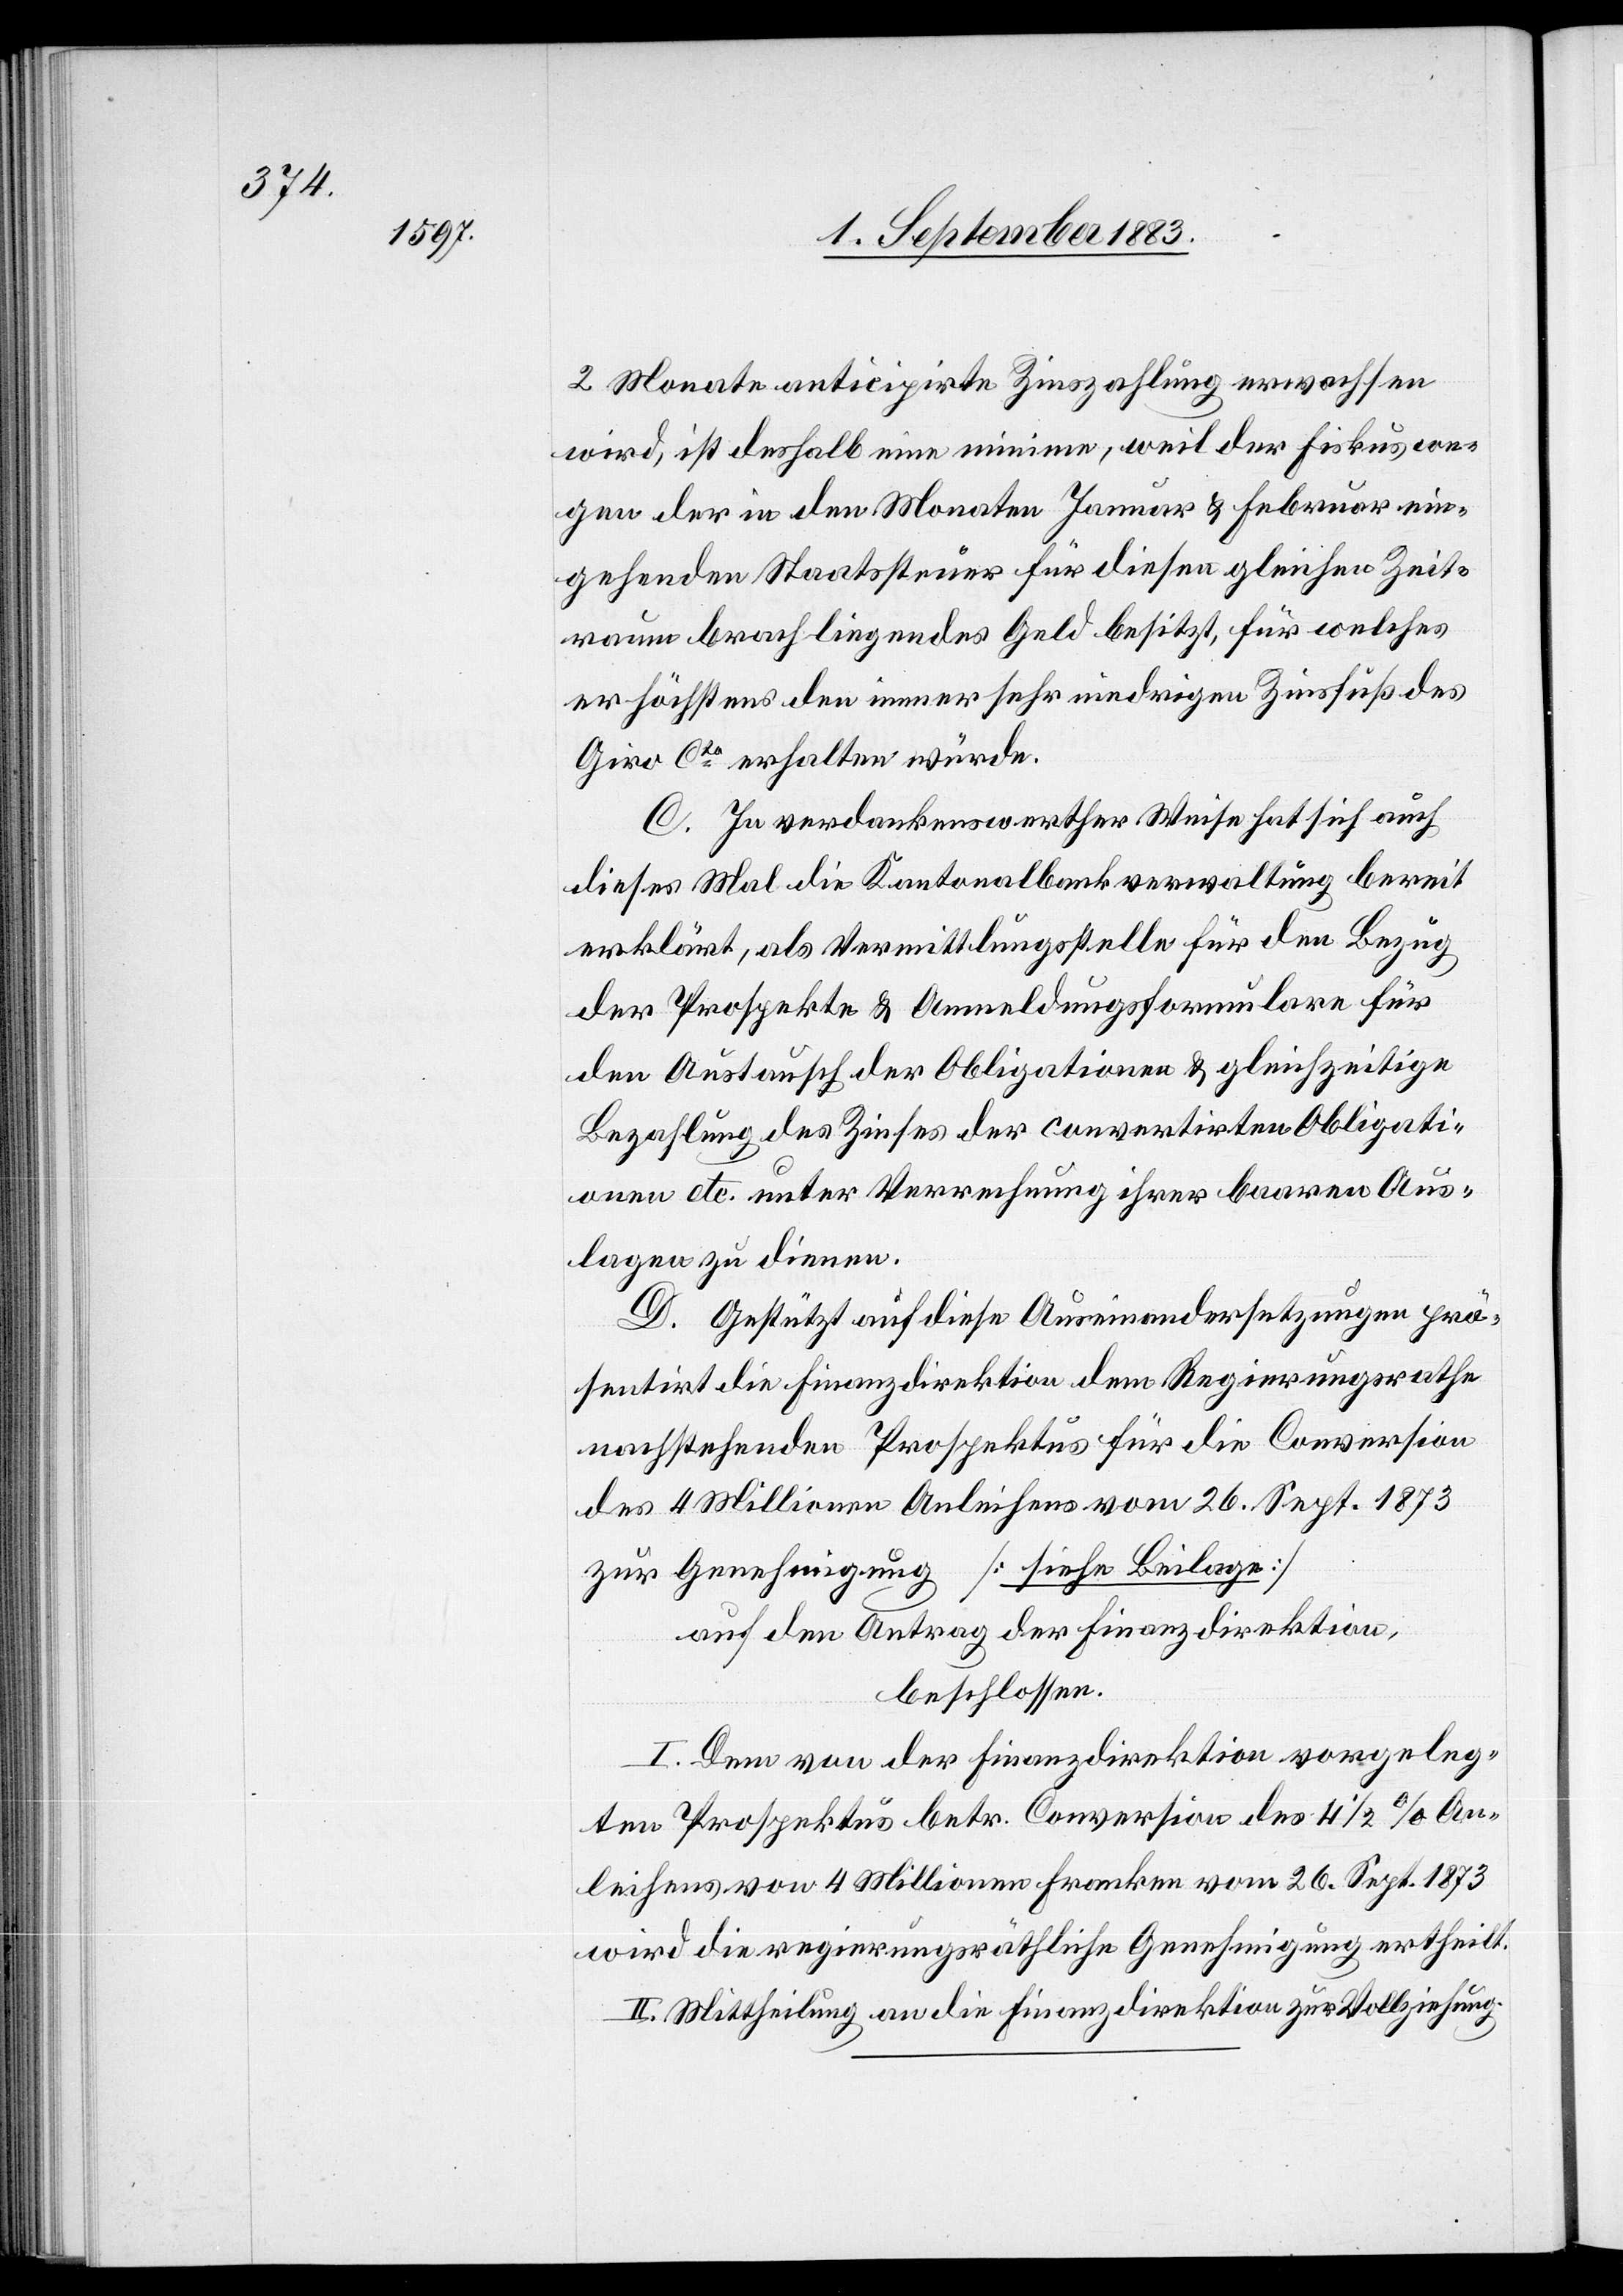
18.

auf den Antrag der Militärdirektion,
beschlossen: